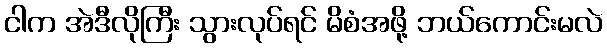
ငါက အဲဒီလိုကြီး သွားလုပ်ရင် မိစံအဖို့ ဘယ်ကောင်းမလဲ